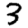
Digit: 3